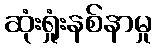
ဆုံးရှုံးနစ်နာမှု